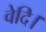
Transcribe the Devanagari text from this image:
वेदि।